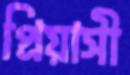
প্রিয়াসী